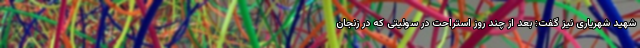
شهید شهریاری نیز گفت: بعد از چند روز استراحت در سوئیتی که در زنجان